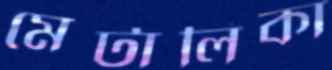
মেটালিকা